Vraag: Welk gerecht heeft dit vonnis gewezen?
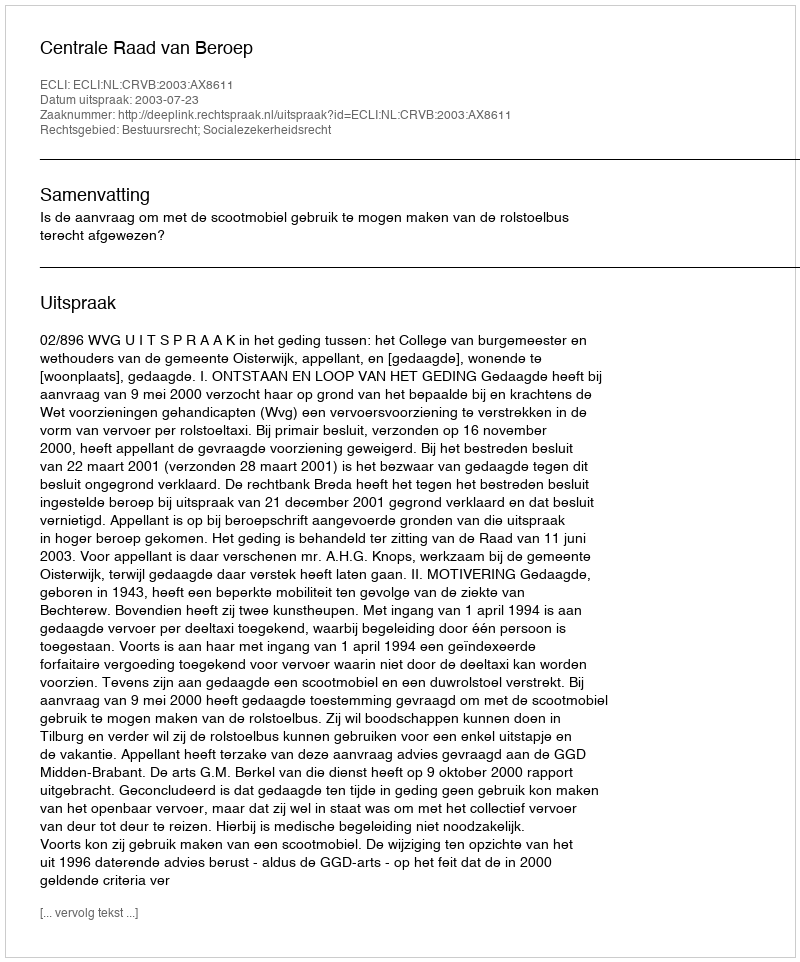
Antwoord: Centrale Raad van Beroep